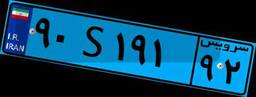
۹۰S۱۹۱۹۲